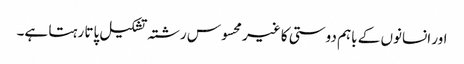
اور انسانوں کے باہم دوستی کا غیر محسوس رشتہ تشکیل پاتا رہتا ہے۔